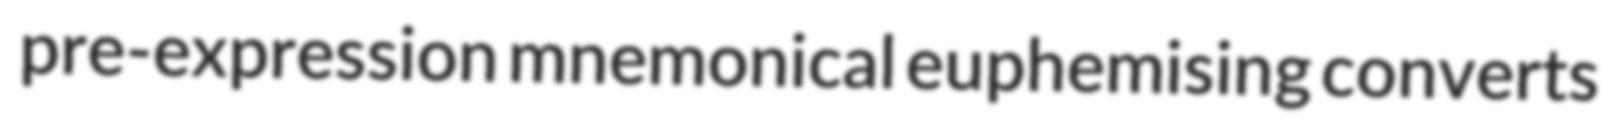
pre-expression mnemonical euphemising converts